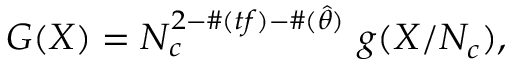
G ( X ) = N _ { c } ^ { 2 - \# ( t f ) - \# ( \hat { \theta } ) } \ g ( X / N _ { c } ) ,